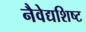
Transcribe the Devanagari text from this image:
नैवेद्यशिष्ट